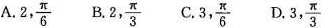
A. 2, \frac{π}{6} B.2, \frac{π}{3} C. 3, \frac{π}{6} D.3, \frac{π}{3}